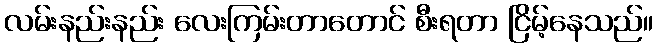
လမ်းနည်းနည်း လေးကြမ်းတာတောင် စီးရတာ ငြိမ့်နေသည်။